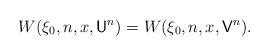
LaTeX: \begin{align*}W(\xi_0,n,x,\mathsf{U}^n)=W(\xi_0,n,x,\mathsf{V}^n).\end{align*}